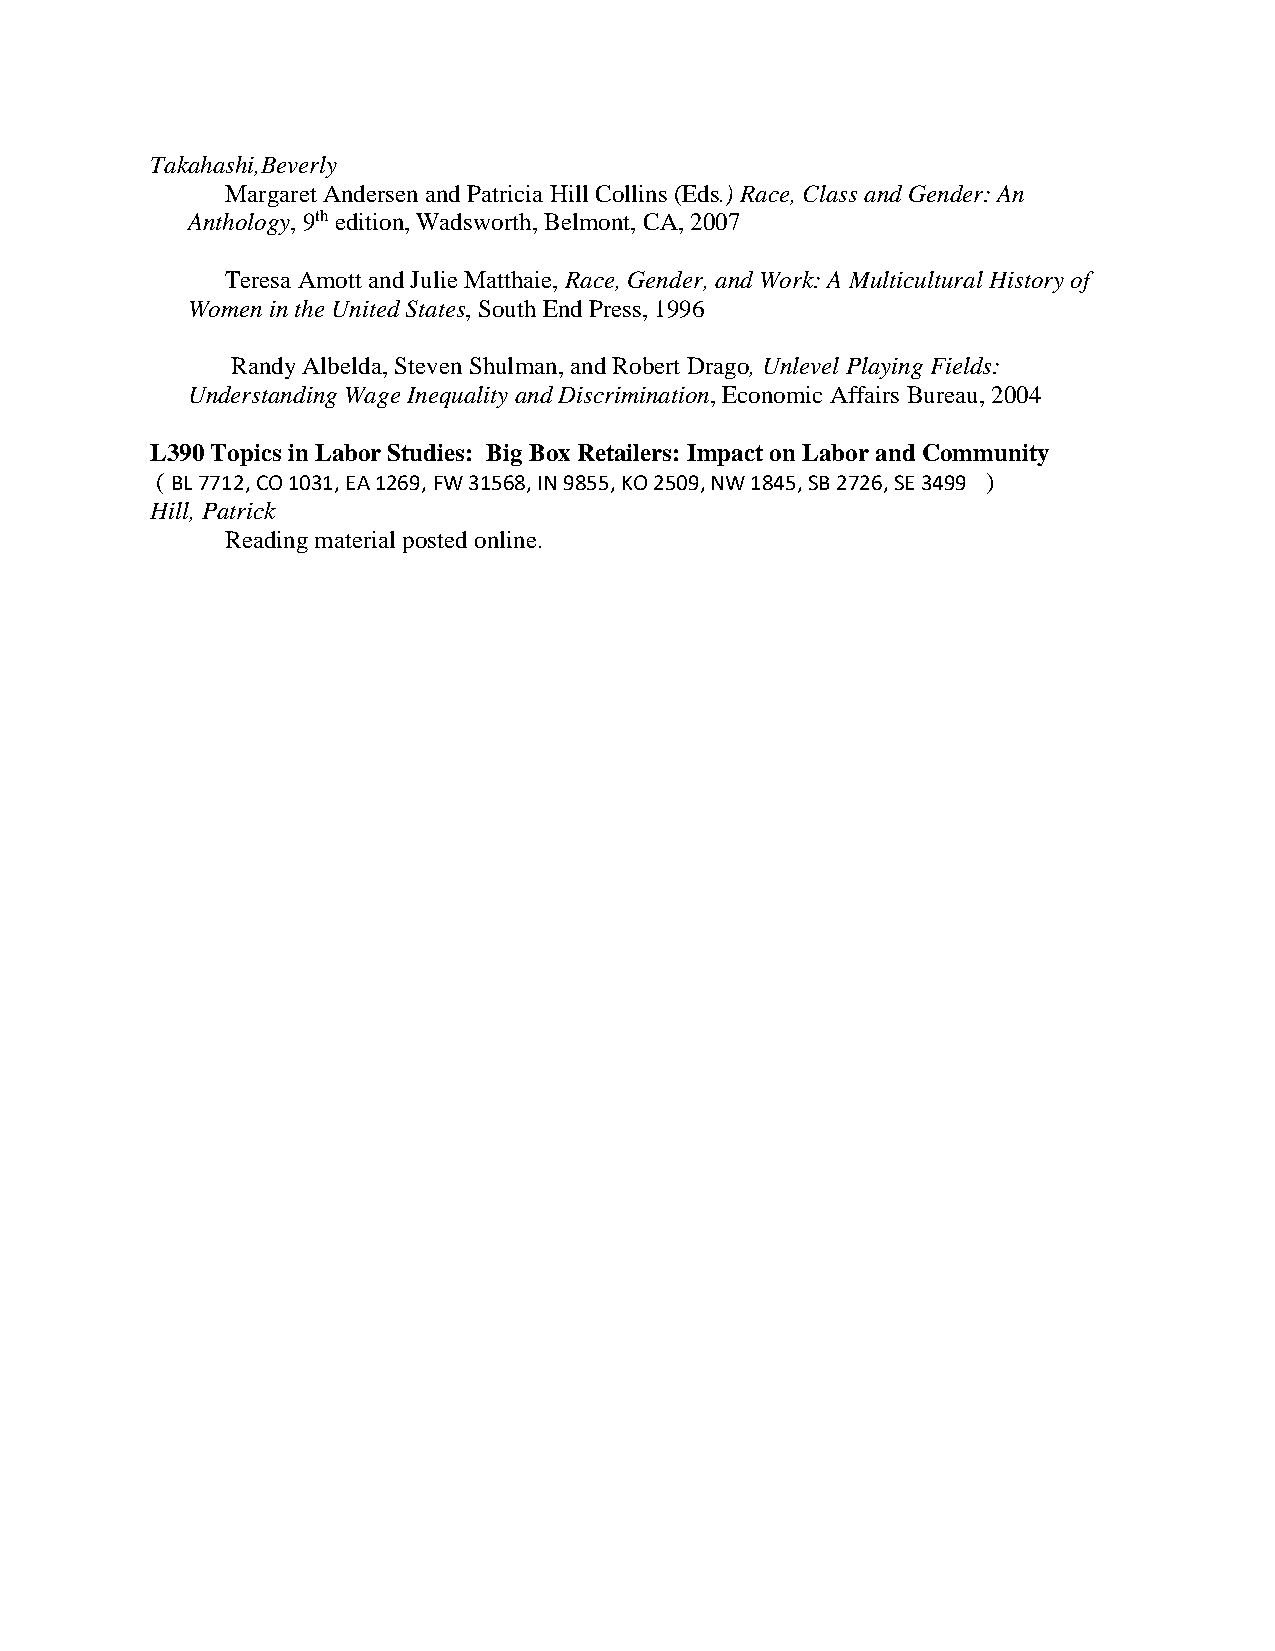
Takahashi,Beverly
 Margaret Andersen and Patricia Hill Collins (Eds.) Race, Class and Gender: An
 Anthology, 9th edition, Wadsworth, Belmont, CA, 2007
 Teresa Amott and Julie Matthaie, Race, Gender, and Work: A Multicultural History of
 Women in the United States, South End Press, 1996
 Randy Albelda, Steven Shulman, and Robert Drago, Unlevel Playing Fields:
 Understanding Wage Inequality and Discrimination, Economic Affairs Bureau, 2004
 L390 Topics in Labor Studies: Big Box Retailers: Impact on Labor and Community
 ( BL 7712, CO 1031, EA 1269, FW 31568, IN 9855, KO 2509, NW 1845, SB 2726, SE 3499 )
 Hill, Patrick
 Reading material posted online.